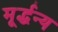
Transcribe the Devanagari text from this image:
मूर्द्धन्य